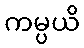
ကမ္ပယိ